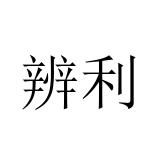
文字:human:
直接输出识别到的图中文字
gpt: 辨利